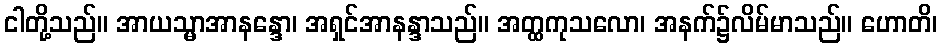
ငါတို့သည်။ အာယသ္မာအာနန္ဒော၊ အရှင်အာနန္ဒာသည်။ အတ္ထကုသလော၊ အနက်၌လိမ်မာသည်။ ဟောတိ၊